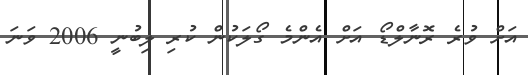
އަށް ވުރެ ރޮނާލްޑޯ އަށް އެންމެ ގޯލަކުން ކުރި ލިބުނީ 2006 ވަނަ